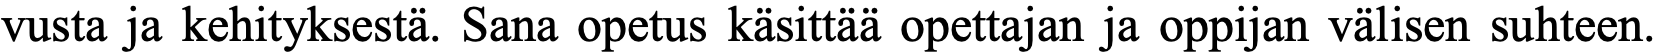
vusta ja kehityksestä. Sana opetus käsittää opettajan ja oppijan välisen suhteen.